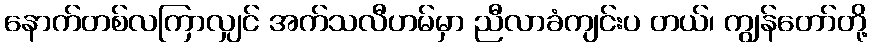
နောက်တစ်လကြာလျှင် အက်သလီဟမ်မှာ ညီလာခံကျင်းပ တယ်၊ ကျွန်တော်တို့